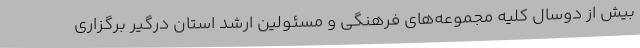
بیش از دوسال کلیه مجموعه‌های فرهنگی و مسئولین ارشد استان درگیر برگزاری